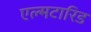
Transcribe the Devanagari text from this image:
एल्मटारिड